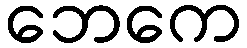
ဘေကေ